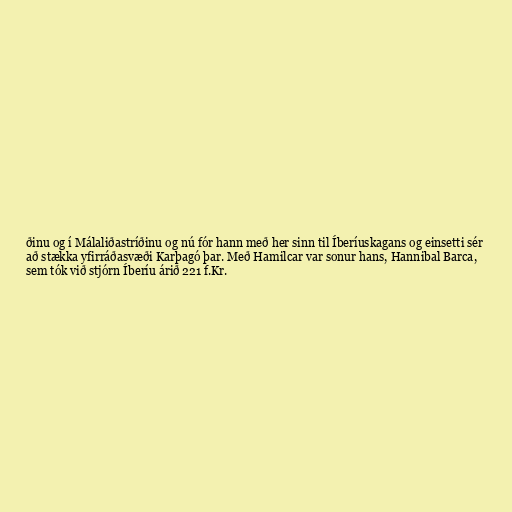
ðinu og í Málaliðastríðinu og nú fór hann með her sinn til Íberíuskagans og einsetti sér
að stækka yfirráðasvæði Karþagó þar. Með Hamilcar var sonur hans, Hannibal Barca,
sem tók við stjórn Íberíu árið 221 f.Kr.